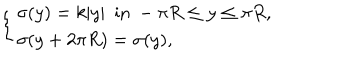
\left\{ \begin{array} { l } { { \sigma ( y ) = k | y | ~ ~ \mathrm { i n } ~ - \pi R \leq y \leq \pi R , } } \\ { { \sigma ( y + 2 \pi R ) = \sigma ( y ) , } } \\ \end{array} \right.